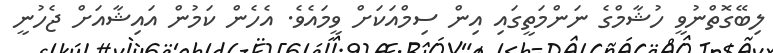
ލިބޭގޮތްނުވީ ހުޝާމްގެ ނަންމަތީގައި އިން ސިމްއަކަށް ވީމައެވެ. އެހެން ކަމުން އައިޝާއަށް ޖެހުނީ